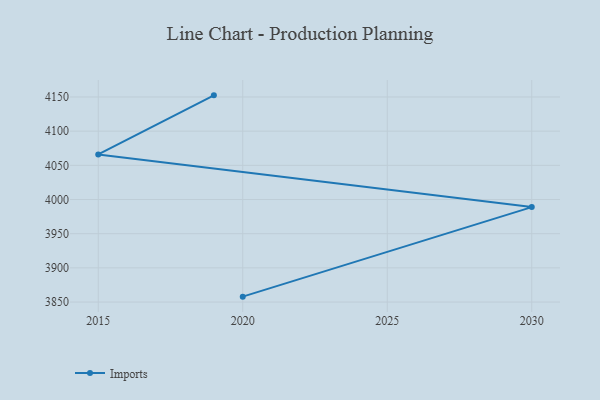
{"axis": {"x": "Year", "y": "Website Visitors"}, "legend": ["Imports"], "data": [{"x": "2019", "y": 4152.4, "type": "Imports"}, {"x": "2015", "y": 4066.0, "type": "Imports"}, {"x": "2030", "y": 3988.9, "type": "Imports"}, {"x": "2020", "y": 3857.9, "type": "Imports"}]}